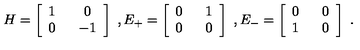
H = \left[ \begin{array} { c c } { 1 \ } & { \ 0 } \\ { 0 \ } & { \ - 1 } \\ \end{array} \right] \ , E _ { + } = \left[ \begin{array} { c c } { 0 \ } & { \ 1 } \\ { 0 \ } & { \ 0 } \\ \end{array} \right] \ , E _ { - } = \left[ \begin{array} { c c } { 0 \ } & { \ 0 } \\ { 1 \ } & { \ 0 } \\ \end{array} \right] \ .